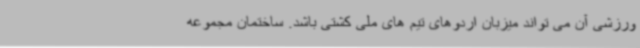
ورزشی آن می تواند میزبان اردوهای تیم های ملی کشتی باشد. ساختمان مجموعه